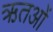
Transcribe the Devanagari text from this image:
ऋतओं